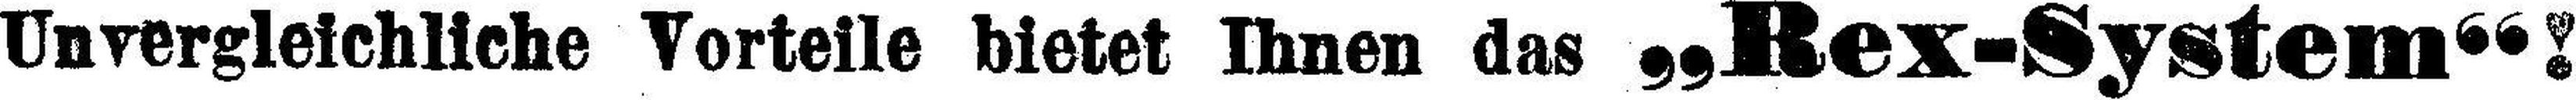
Unvergleichliche Vorteile bietet Ihnen das „Rex-System“!